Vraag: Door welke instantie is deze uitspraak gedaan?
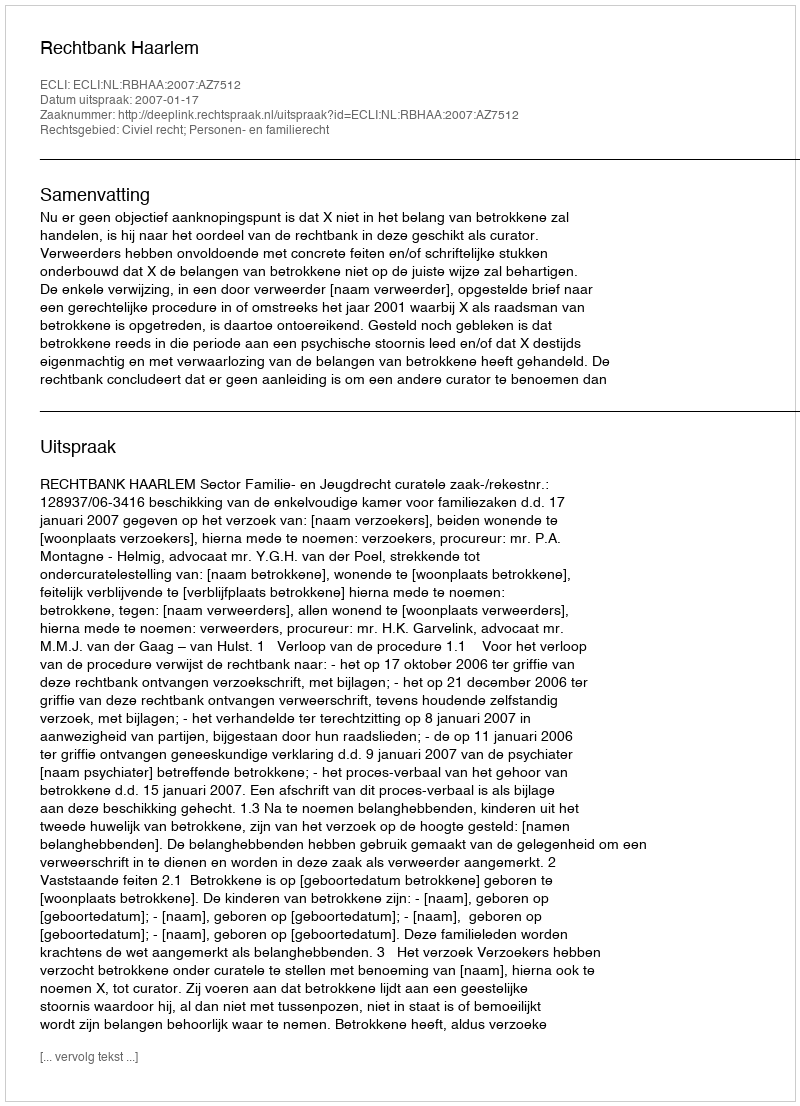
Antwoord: Rechtbank Haarlem